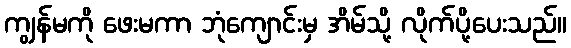
ကျွန်မကို ဖေးမကာ ဘုံကျောင်းမှ အိမ်သို့ လိုက်ပို့ပေးသည်။